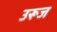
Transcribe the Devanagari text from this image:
उरूज